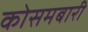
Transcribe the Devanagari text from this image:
कोसमबारी